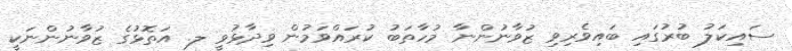
ސައިކަލު ބުރުގައި ބައިވެރިވި ޒުވާނުންނާ މުހާތަބު ކުރައްވަމުން ވިދާޅުވީ ލ. އަތޮޅުގެ ޒުވާނުންނަކީ